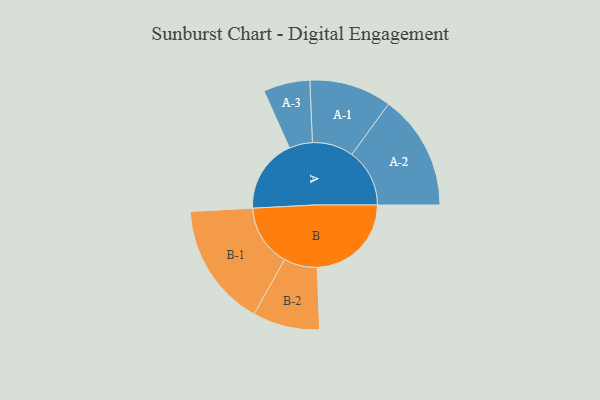
{"axis": {"x": "Segment", "y": "Value"}, "legend": ["", "A", "B"], "data": [{"x": "A", "y": 355, "type": ""}, {"x": "B", "y": 453, "type": ""}, {"x": "A-1", "y": 198, "type": "A"}, {"x": "A-2", "y": 278, "type": "A"}, {"x": "A-3", "y": 112, "type": "A"}, {"x": "B-1", "y": 298, "type": "B"}, {"x": "B-2", "y": 161, "type": "B"}]}